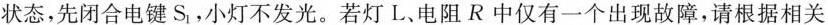
状态，先闭合电键S_{1}，小灯不发光。若灯L、电阻R中仅有一个出现故障，请根据相关